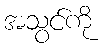
အသွင်ကို